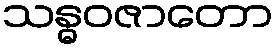
သန္ဓဝဇာတော